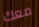
معك